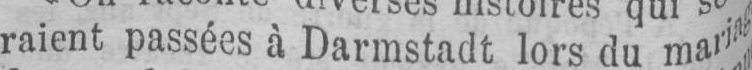
raient passées à Darmstadt lors du mariag